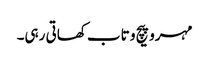
مہرو پیچ و تاب کھاتی رہی۔